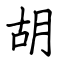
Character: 胡